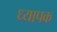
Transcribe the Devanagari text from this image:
ध्यापक